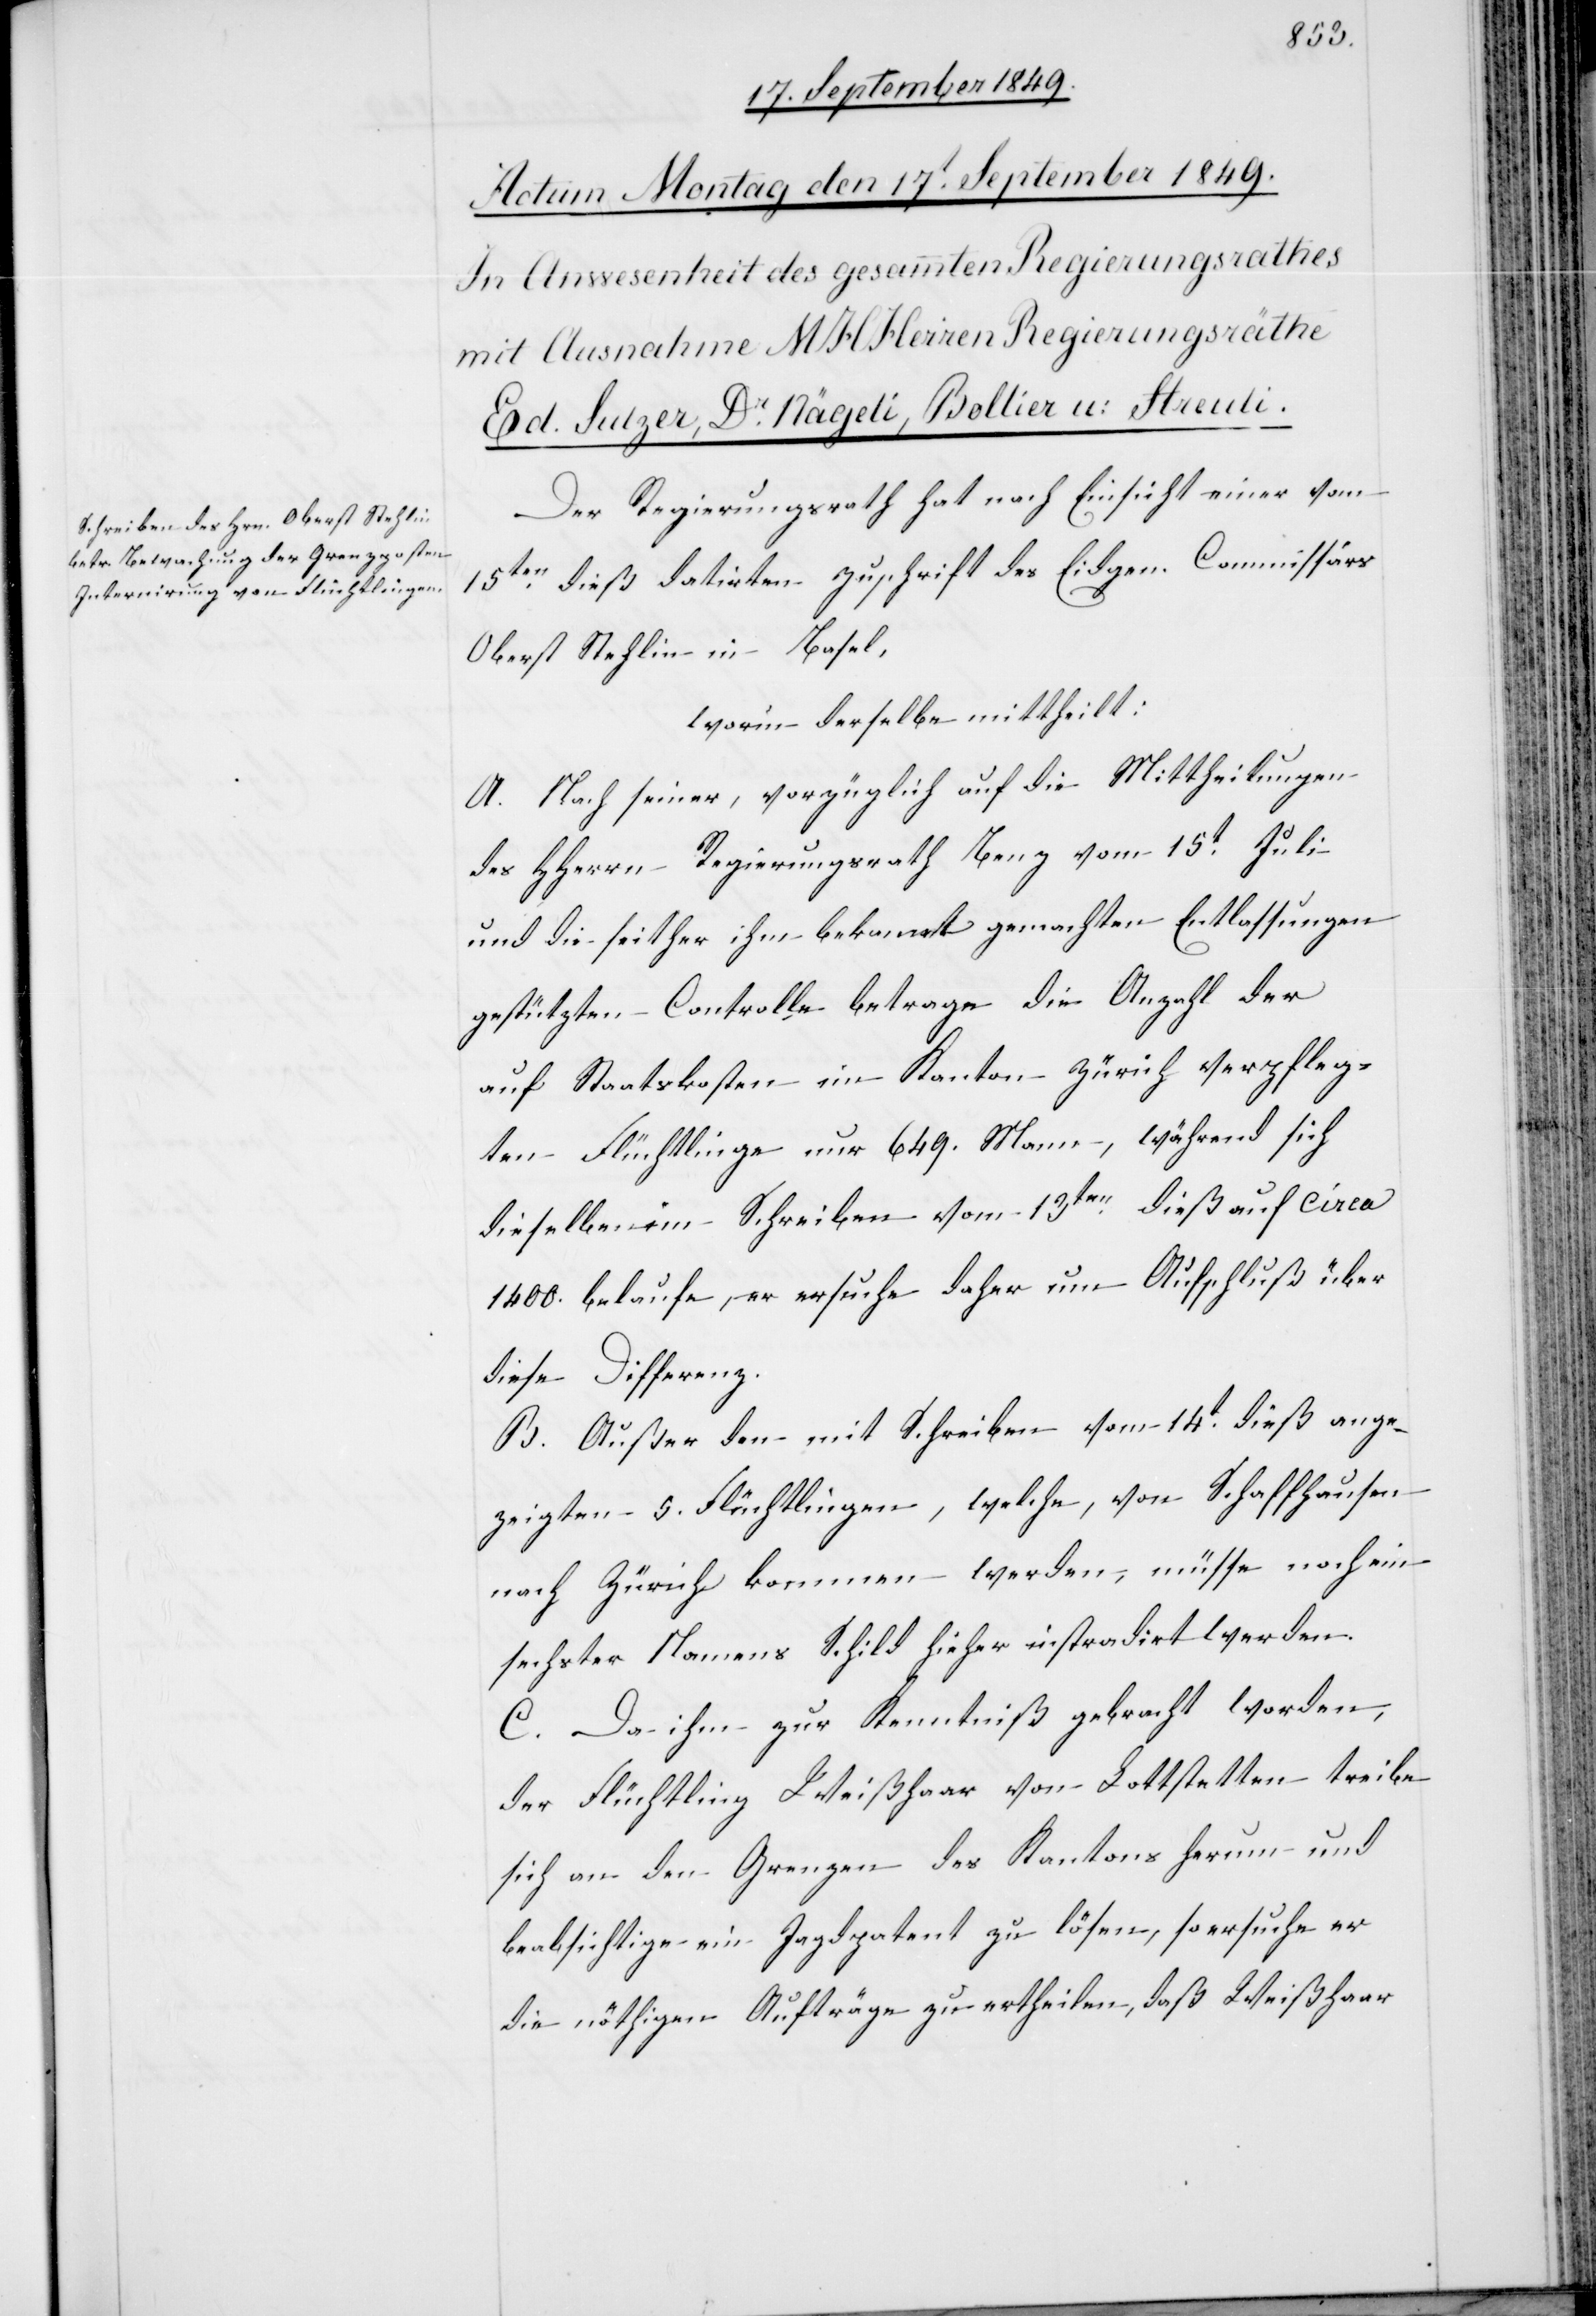
Der Regierungsrath hat nach Einsicht einer vom
15ten dieß datirten Zuschrift des Eidgen. Commissärs
Oberst Stehlin in Basel.
worin derselbe mittheilt:
A. Nach seiner, vorzüglich auf die Mittheilungen
des HHerrn Regierungsrath Benz vom 15t Juli
und die seither ihm bekannt gemachten Entlassungen
gestützten Controlle betrage die Anzahl der
auf Staatskosten im Kanton Zürich verpfleg¬
ten Flüchtlinge nur 649. Mann, während sich
dieselben im Schreiben vom 13ten dieß auf circa
1400. belaufe, er ersuche daher um Aufschluß über
diese Differenz.
B. Außer den mit Schreiben vom 14t dieß ange¬
zeigten 5. Flüchtlingen, welche, von Schaffhausen
nach Zürich kommen werden, müsse noch ein
sechster Namens Schild hieher instradirt werden.
C. Da ihm zur Kenntniß gebracht worden,
der Flüchtling Weißhaar von Lottstetten treibe
sich an den Grenzen des Kantons herum und
beabsichtige ein Jagdpatent zu lösen, so ersuche er
die nöthigen Aufträge zu ertheilen, daß Weißhaar